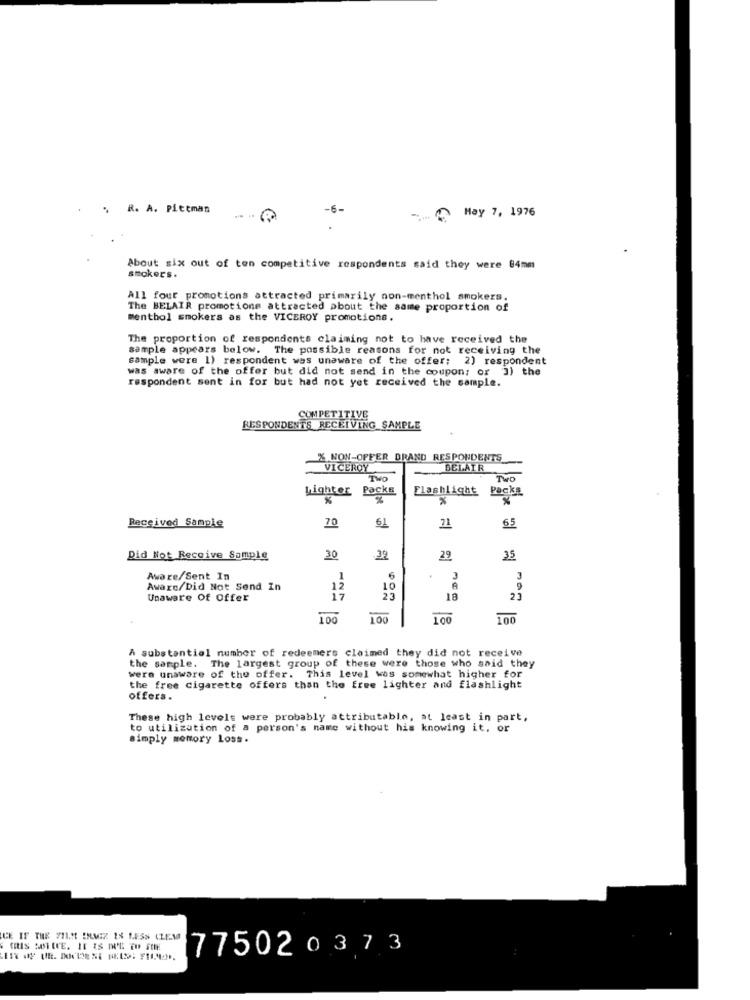
R. A. Pittman
-6-
May 7, 1976
About six out of ten competitive respondents said they were 84mm
smokers .
All four promotions attracted primarily non-menthol smokers.
The BELAIR promotions attracted about the same proportion of
menthol smokers as the VICEROY promotions.
The proportion of respondents claiming not to have received the
sample appears below. The possible reasons for not receiving the
sample were 1) respondent was unaware of the offer; 2) respondent
was aware of the offer but did not send in the coupon; or 3) the
respondent sent in for but had not yet received the sample.
COMPETITIVE
RESPONDENTS RECEIVING SAMPLE
% NON-OFFER DRAND RESPONDENTS
VICEROY
BELAIR
TWO
TWO
Packs
Flashlight Packs
Lighter
%
%
61
21
65
Received Sample
70
Did Not Receive Sample
30
39
29
35
Aware/Sent In
1
6
3
3
Aware/Did Not Send In
12
10
Unaware Of Offer
17
18
100
100
100
100
A substantial number of redeemers claimed they did not receive
the sample. The largest group of these were those who said they
were unaware of the offer. This level was somewhat higher for
the free cigarette offers than the free lighter and flashlight
offers.
These high levels were probably attributable, at least in part,
to utilization of a person's name without his knowing it, or
simply memory Loss.
CE IF THE FILM IMAGZ 18 LESS CLEM
775020373